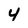
Character: 4